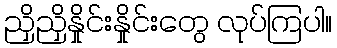
ညှိညှိနှိုင်းနှိုင်းတွေ လုပ်ကြပါ။